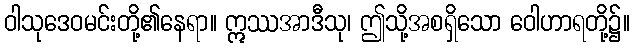
ဝါသုဒေဝမင်းတို့၏နေရာ။ ဣဿအာဒီသု၊ ဤသို့အစရှိသော ဝေါဟာရတို့၌။